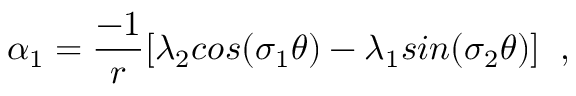
\alpha _ { 1 } = \frac { - 1 } { r } [ \lambda _ { 2 } c o s ( \sigma _ { 1 } \theta ) - \lambda _ { 1 } s i n ( \sigma _ { 2 } \theta ) ] \; \; ,